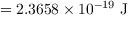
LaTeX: = 2 . 3 6 5 8 \times 1 0 ^ { - 1 9 } { \mathrm { ~ J } }